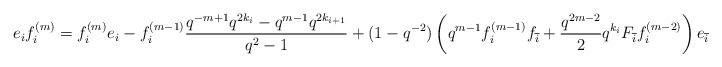
LaTeX: \begin{align*}e_if_i^{(m)} = f_i^{(m)}e_i - f_i^{(m-1)}\frac{q^{-m+1}q^{2k_i}-q^{m-1}q^{2k_{i+1}}}{q^2-1} + (1-q^{-2})\left(q^{m-1}f_{i}^{(m-1)} f_{\overline{i}}+ \frac{q^{2m-2}}{2}q^{k_i}F_{\overline{i}}f_i^{(m-2)}\right)e_{\overline{i}},\end{align*}